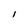
Character: l